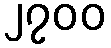
၂၇၀၀